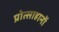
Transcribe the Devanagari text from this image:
प्रोत्साहानों